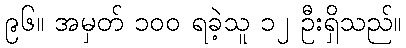
၉၆။ အမှတ် ၁၀၀ ရခဲ့သူ ၁၂ ဦးရှိသည်။